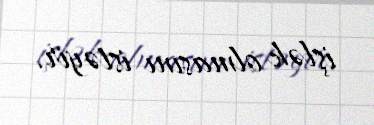
işlək olmasını istəyir.